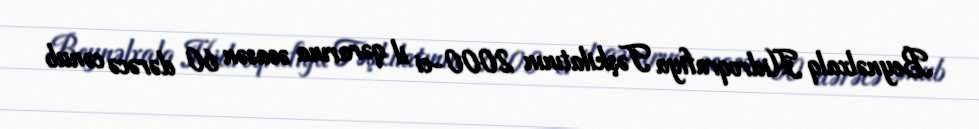
Beynəlxalq Hidroqrafiya Təşkilatının 2000-ci il qərarına əsasən 60 dərəcə cənub